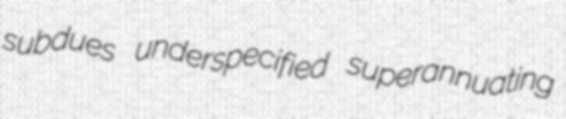
subdues underspecified superannuating